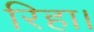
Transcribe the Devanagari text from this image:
रिहा।